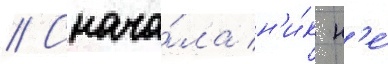
// Снача́ла н'и́к н'е́